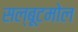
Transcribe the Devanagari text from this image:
सल्बूटमोल